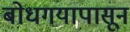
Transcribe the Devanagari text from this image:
बोधगयापासून